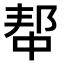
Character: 𫑢